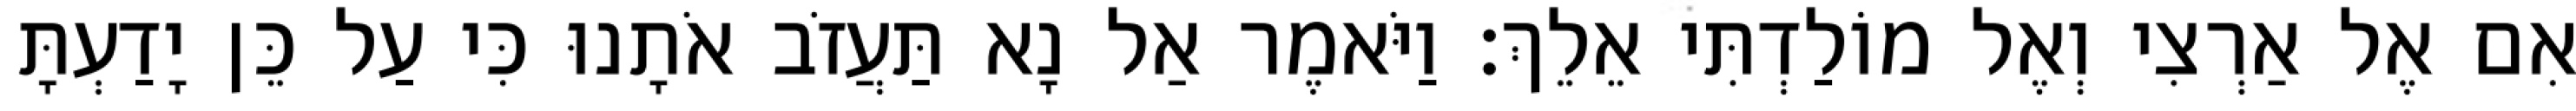
אִם אֶל אַרְצִי וְאֶל מוֹלַדְתִּי אֵלֵךְ׃ וַיֹּאמֶר אַל נָא תַּעֲזֹב אֹתָנוּ כִּי עַל כֵּן יָדַעְתָּ